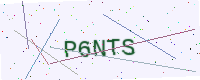
Text: P6NTS